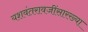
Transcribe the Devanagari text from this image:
यशवंतरावजींसारख्या